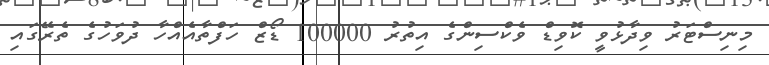
މިނިސްޓަރު ވިދާޅުވީ ކޮވިޑް ވެކްސިންގެ އިތުރު 100000 ޑޯޒް ހަފްތާއެއްހާ ދުވަހުގެ ތެރޭގައި